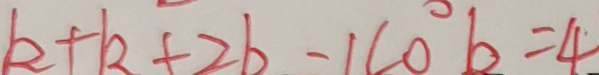
k + k + 2 b - 1 < 0 b = 4